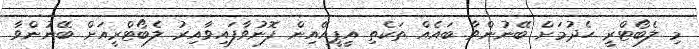
މި ލެބޯޓްރީ ހެދުމަށް ބޭނުންވާ ބައެއް ތަކެތި އީޕީއޭއިން ފޮނުވާފައިވާއިރު ލެބޯޓްރީއަށް ބޭނުންވާ